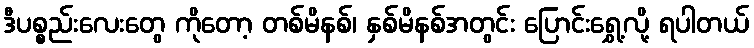
ဒီပစ္စည်းလေးတွေ ကိုတော့ တစ်မိနစ်၊ နှစ်မိနစ်အတွင်း ပြောင်းရွှေ့လို့ ရပါတယ်